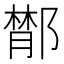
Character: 𨝵